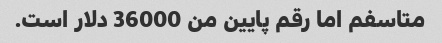
متاسفم اما رقم پایین من 36000 دلار است.